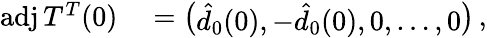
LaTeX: \begin{array}{rl}{\mathrm{adj}\, T^{T}(0)}&{{}=\left(\begin{array}{l}{\hat{d}_{0}(0),-\hat{d}_{0}(0),0,\dots,0}\end{array}\right)\, ,}\end{array}